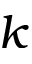
k